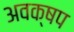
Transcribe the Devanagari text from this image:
अवक्षप